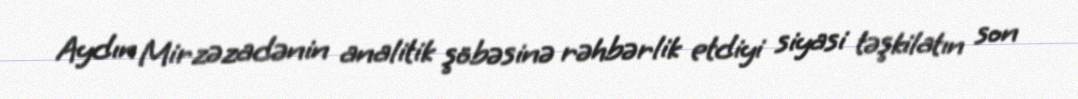
Aydın Mirzəzadənin analitik şöbəsinə rəhbərlik etdiyi siyasi təşkilatın son